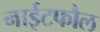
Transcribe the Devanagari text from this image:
नाईटफौल